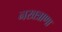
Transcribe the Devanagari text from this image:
नखत्राणा